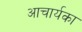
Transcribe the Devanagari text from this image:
अाचार्यका